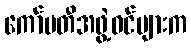
ကော်မတီအဖွဲ့ဝင်များက